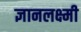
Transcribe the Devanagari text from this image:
ज्ञानलक्ष्मी